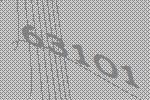
63101